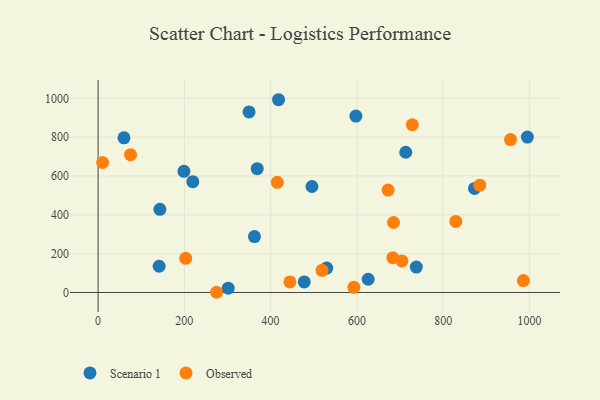
{"axis": {"x": "Experience", "y": "Sales"}, "legend": ["Observed", "Scenario 1"], "data": [{"x": "350.0", "y": 929.9, "type": "Scenario 1"}, {"x": "872.8", "y": 536.1, "type": "Scenario 1"}, {"x": "368.9", "y": 637.5, "type": "Scenario 1"}, {"x": "737.8", "y": 131.0, "type": "Scenario 1"}, {"x": "495.8", "y": 545.9, "type": "Scenario 1"}, {"x": "362.5", "y": 287.7, "type": "Scenario 1"}, {"x": "597.7", "y": 908.5, "type": "Scenario 1"}, {"x": "626.2", "y": 68.3, "type": "Scenario 1"}, {"x": "995.3", "y": 800.6, "type": "Scenario 1"}, {"x": "199.0", "y": 623.8, "type": "Scenario 1"}, {"x": "713.3", "y": 722.2, "type": "Scenario 1"}, {"x": "418.4", "y": 992.7, "type": "Scenario 1"}, {"x": "477.9", "y": 54.3, "type": "Scenario 1"}, {"x": "60.0", "y": 796.7, "type": "Scenario 1"}, {"x": "219.6", "y": 570.8, "type": "Scenario 1"}, {"x": "530.1", "y": 125.9, "type": "Scenario 1"}, {"x": "301.6", "y": 22.1, "type": "Scenario 1"}, {"x": "143.3", "y": 428.2, "type": "Scenario 1"}, {"x": "141.5", "y": 135.0, "type": "Scenario 1"}, {"x": "75.2", "y": 709.8, "type": "Observed"}, {"x": "829.4", "y": 366.2, "type": "Observed"}, {"x": "956.2", "y": 787.4, "type": "Observed"}, {"x": "415.6", "y": 567.3, "type": "Observed"}, {"x": "593.0", "y": 26.5, "type": "Observed"}, {"x": "683.4", "y": 178.9, "type": "Observed"}, {"x": "728.5", "y": 863.9, "type": "Observed"}, {"x": "444.7", "y": 54.5, "type": "Observed"}, {"x": "672.4", "y": 527.6, "type": "Observed"}, {"x": "704.3", "y": 162.8, "type": "Observed"}, {"x": "203.1", "y": 175.7, "type": "Observed"}, {"x": "884.9", "y": 552.6, "type": "Observed"}, {"x": "274.7", "y": 1.1, "type": "Observed"}, {"x": "10.5", "y": 669.3, "type": "Observed"}, {"x": "986.0", "y": 61.5, "type": "Observed"}, {"x": "684.9", "y": 360.5, "type": "Observed"}, {"x": "519.2", "y": 114.1, "type": "Observed"}]}